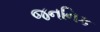
જનનિક